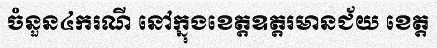
ចំនួន៤ករណី នៅក្នុងខេត្តឧត្តរមានជ័យ ខេត្ត